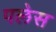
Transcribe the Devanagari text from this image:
पलेस